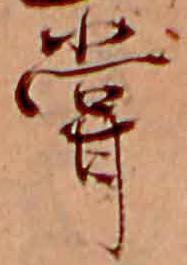
嘗